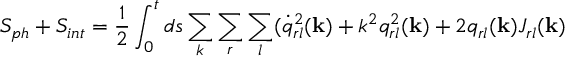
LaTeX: S _ { p h } + S _ { i n t } = \frac { 1 } { 2 } \int _ { 0 } ^ { t } d s \sum _ { k } \sum _ { r } \sum _ { l } ( \dot { q } _ { r l } ^ { 2 } ( { \bf k } ) + k ^ { 2 } q _ { r l } ^ { 2 } ( { \bf k } ) + 2 q _ { r l } ( { \bf k } ) J _ { r l } ( { \bf k } )